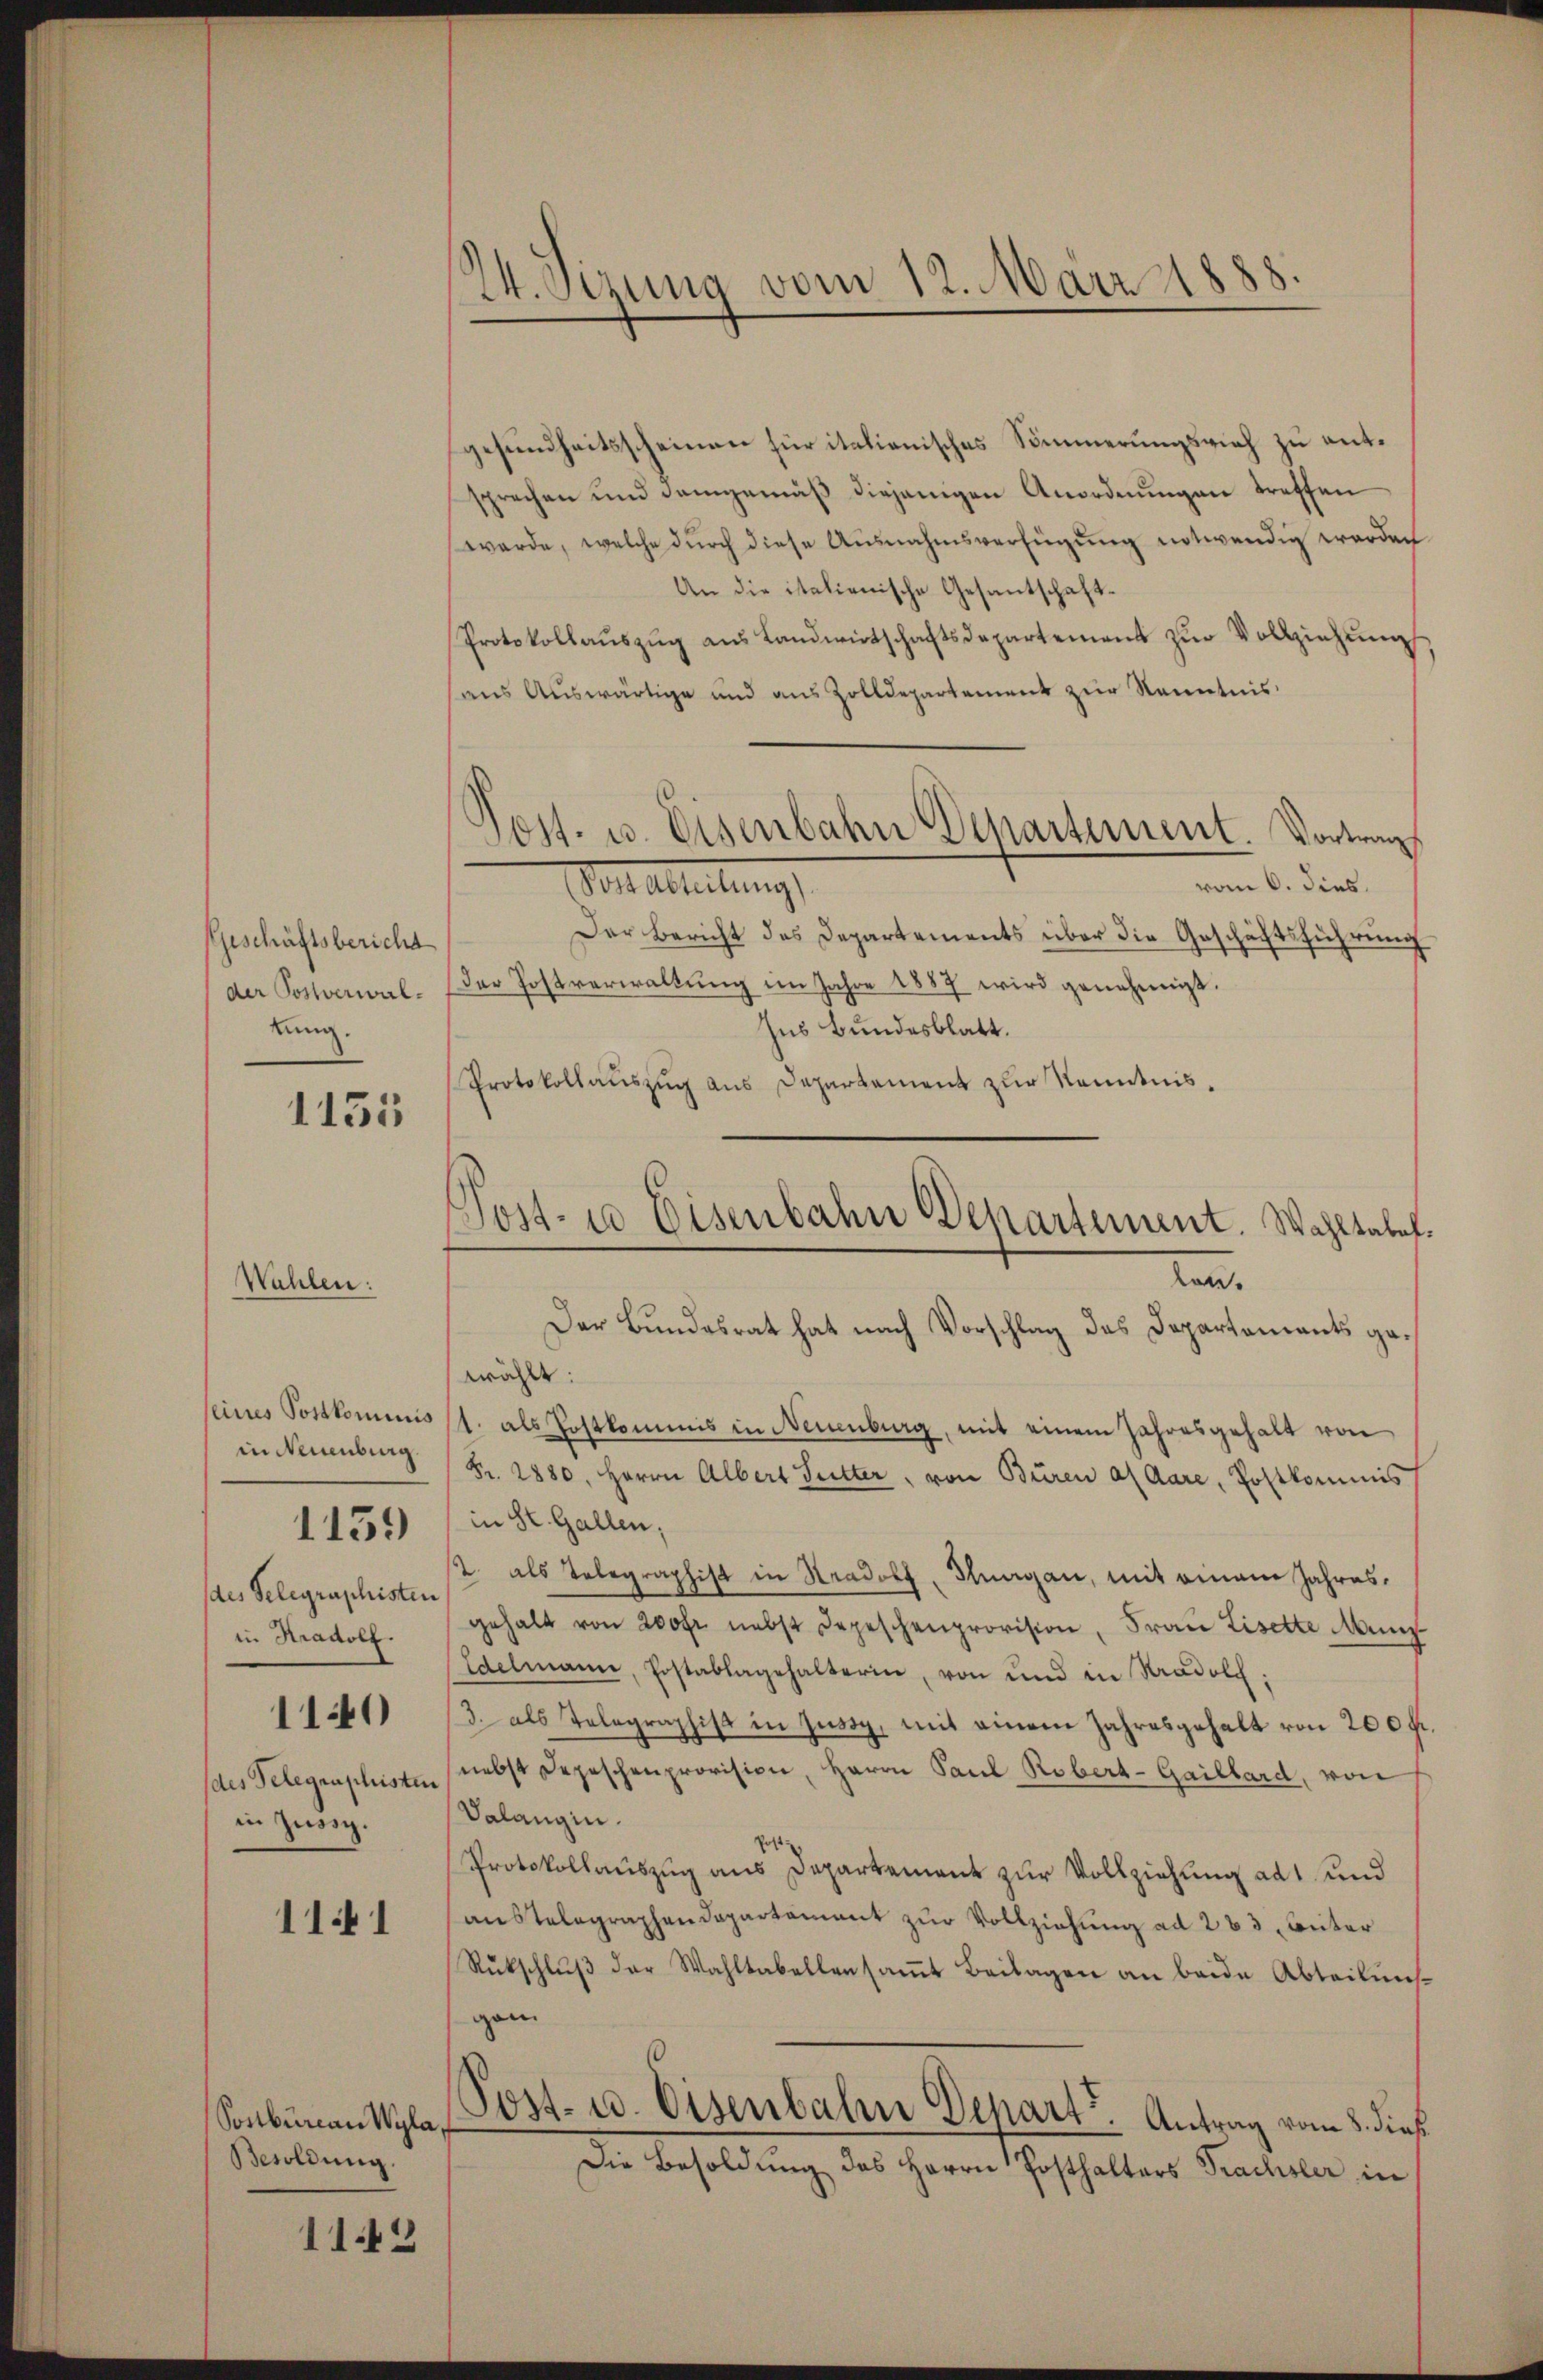
Geschäftsbericht
der Postverwalkung.

Wahlen:

1135

in Neuenburg
des Telegraphisten
in Hradolz.
110
in Zusig.

1159

11.1

Sonburcan Wyla,
Besoldung.

1149

Der Bundesrat hat nach Vorschlag des Departements gewählt:
seines Postkominis (1. als Postkommis in Neuenburg, mit einem Jahresgehalt von
(Fr. 2880, Herrn Albert Sutter, von Büren al Aare, Postkommis
in St. Gallen,
/. als Telegraphist in Stradolf Hungau, mit einem Jahresgehalt von 200fr. nebst Depeschenprovision, Frau Lisette Münz¬
Edelmann, Postablagehalterin, von und in Kradolch
/3. als Telegraphist in jussy, mit einem Jahresgehalt von 200 fr
des Gelegraphisten nebst Depeschenprovision, Herrn Paul Robert-Gaillard, von
Valangin.
Post
Protokollauszug aus Departement zur Vollziehung ad 1 und
austelegraphendepartament zur Vollziehung ad 263, unter
Rückschlŭβ der Wahltabellensamt Beilagen an beide Abteilunggan
Post- u. Eisenbahne Depart. Antrag vom 8. dieß
Die Besoldung des Herrn Posthalters Frachsler in

24. Sizung vom 12. März 1888.

gesundheitsscheinen für italienisches Simerungsrich zu entsprechen und demgemäß diejenigen Anordnungen treffen
werde, welche durch diese Ausnahmsverfügung notwendig werden
An die italienische Gesantschaft¬
Protokollaŭszŭg aŭs Landwirtschaftsdepartement zŭr Vollziehung
aus Auswärtige und aus Zolldepartement zur Kenntnis
Post. u. Eisenbahn Departement. Vortrag
vom 6. dies
Mer alleitungs
Der Bericht des Departements über die Geschäftsführung
Der Postverwaltŭng im Jahre 1887 wird genehmigt.
Ins Bundesblatt.
Protokollauszug aus Departement zur Kenntnis¬
Post- u Eisenbahn Departement. Wahltabel.

ten.